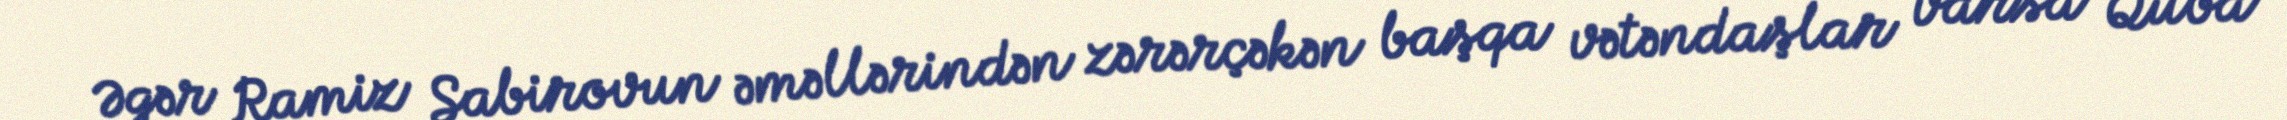
Əgər Ramiz Sabirovun əməllərindən zərərçəkən başqa vətəndaşlar varsa Quba